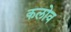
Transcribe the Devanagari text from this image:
कलोव